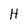
Character: H